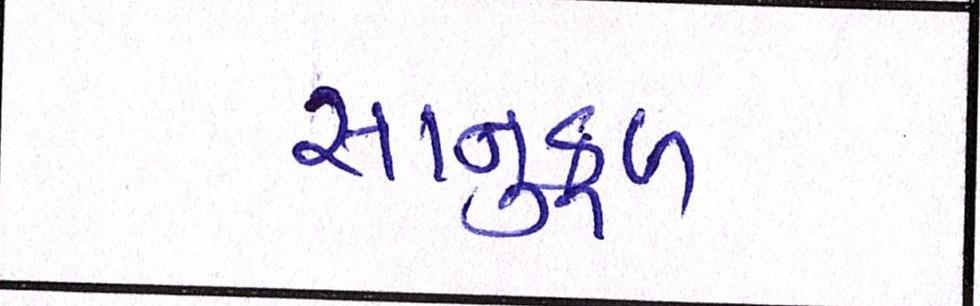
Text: સાનુકૂળ